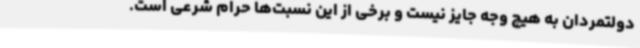
دولتمردان به هیچ وجه جایز نیست و برخی از این نسبت‌ها حرام شرعی است.